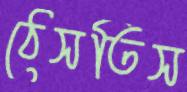
ঠেসতিস